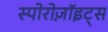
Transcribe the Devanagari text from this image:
स्पोरोज़ॉइट्स